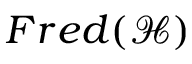
F r e d ( { \mathcal { H } } )